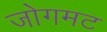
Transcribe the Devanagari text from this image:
जोगमट